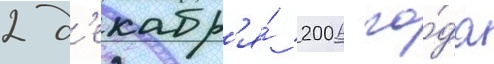
2 д'екабр'я́ 2006 го́да